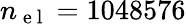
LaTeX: n_{\mathrm{~e~l~}}=1048576